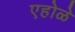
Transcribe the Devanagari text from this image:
एहोळे